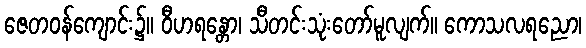
ဇေတဝန်ကျောင်း၌။ ဝီဟရန္တော၊ သီတင်းသုံးတော်မူလျက်။ ကောသလရညော၊